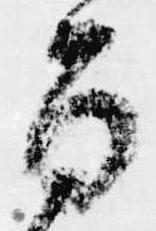
旨